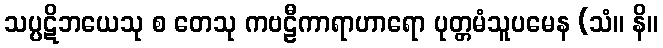
သပ္ပဋိဘယေသု စ တေသု ကဗဠီကာရာဟာရော ပုတ္တမံသူပမေန (သံ။ နိ။